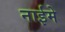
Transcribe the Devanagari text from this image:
नाईमे